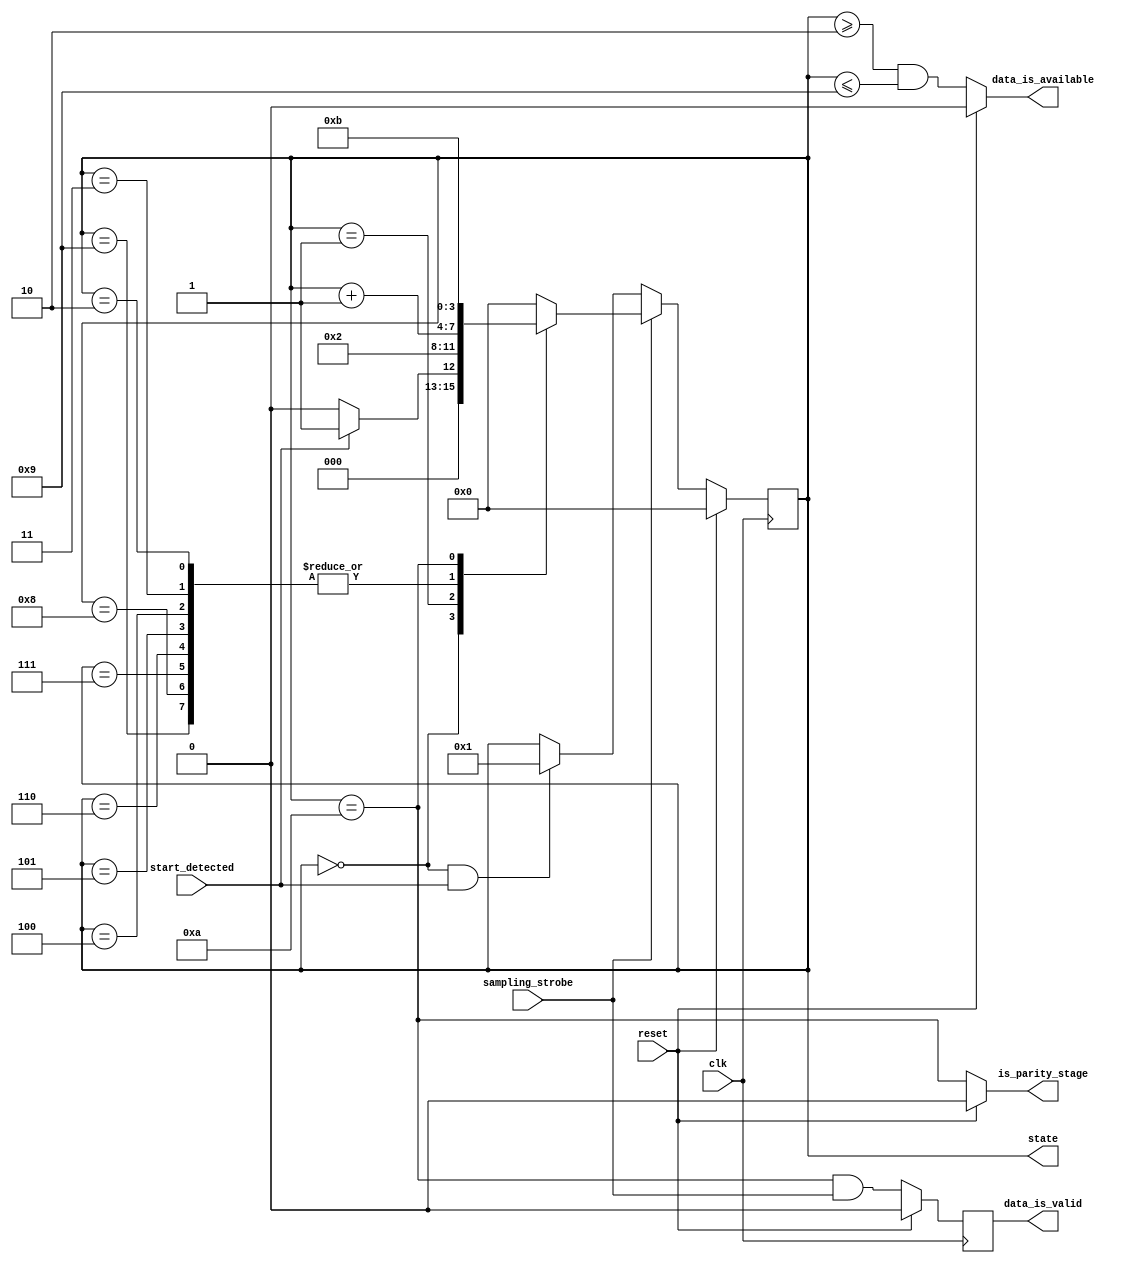
module rx_state(clk, reset, start_detected, sampling_strobe, data_is_available, data_is_valid, is_parity_stage, state);  // FSM for UART Rx

parameter INPUT_DATA_WIDTH = 8;
parameter PARITY_ENABLED = 1;
localparam NUMBER_OF_BITS = INPUT_DATA_WIDTH + PARITY_ENABLED + 2;   // 1 start bit, 8 data bits, 1 parity bit, 1 stop bit

input clk, reset, start_detected, sampling_strobe;
output data_is_available;   // in data states
output is_parity_stage;
output reg data_is_valid;	// finished all data states
output reg [($clog2(NUMBER_OF_BITS)-1) : 0] state;


localparam Rx_IDLE       = 4'b0000;
localparam Rx_START_BIT  = 4'b0001;
localparam Rx_DATA_BIT_0 = 4'b0010;
localparam Rx_DATA_BIT_1 = 4'b0011;
localparam Rx_DATA_BIT_2 = 4'b0100;
localparam Rx_DATA_BIT_3 = 4'b0101;
localparam Rx_DATA_BIT_4 = 4'b0110;
localparam Rx_DATA_BIT_5 = 4'b0111;
localparam Rx_DATA_BIT_6 = 4'b1000;
localparam Rx_DATA_BIT_7 = 4'b1001;
localparam Rx_PARITY_BIT = 4'b1010;
localparam Rx_STOP_BIT   = 4'b1011;

initial begin
    data_is_valid = 0;
    state = 0;
end

assign is_parity_stage = (reset) ? 0 : (state == Rx_PARITY_BIT);  // parity state
assign data_is_available = (reset) ? 0 : ((state >= Rx_DATA_BIT_0) && (state <= Rx_DATA_BIT_7)); // (about to enter first data state) OR (data states)

always @(posedge clk)
begin
	if(reset) begin
		data_is_valid <= 0;
	end
	
	else begin
    	data_is_valid <= (state == Rx_PARITY_BIT) && sampling_strobe;  // data_is_valid should only ever be one clock pulse long, because the UART needs to be a component of a larger system.  That system will be running at the system clock rate.  If the "output is valid" line is high more than once per byte, it will read that many copies of the same byte have been read. 
    	
    end
end

always @(posedge clk)
begin
    if (reset)
        state <= Rx_IDLE;
    
    else begin
        if (sampling_strobe) begin
            case(state)

				Rx_IDLE			: state <= (start_detected) ? Rx_START_BIT : Rx_IDLE;

	            Rx_START_BIT	: state <= Rx_DATA_BIT_0;

	            Rx_DATA_BIT_0,
	            Rx_DATA_BIT_1,
	            Rx_DATA_BIT_2,	
	            Rx_DATA_BIT_3,
	            Rx_DATA_BIT_4,
	            Rx_DATA_BIT_5,
	            Rx_DATA_BIT_6,
	            Rx_DATA_BIT_7	: state <= state + 1'b1;

	            Rx_PARITY_BIT 	: state <= Rx_STOP_BIT;

	            Rx_STOP_BIT 	: state <= Rx_IDLE;

	            default      	: state <= Rx_IDLE;
            endcase
        end
        
        else begin   // start bit falling edge is detected every clock cycle for better Rx synchronization accuracy
        
            if((state == Rx_IDLE) && (start_detected))
	    	    state <= Rx_START_BIT;
        end
    end
end

`ifdef FORMAL
    reg first_clock_passed = 0;
    
    always @(posedge clk) 
    begin
    	first_clock_passed <= 1;
   
   		if(first_clock_passed && $past(reset)) assert(state == Rx_IDLE);
    
        if(first_clock_passed) assert(state <= Rx_STOP_BIT);
    
    	if((state >= Rx_DATA_BIT_0) && (state <= Rx_DATA_BIT_7) && (!reset)) begin // for induction
    		assert(data_is_available);
    	end
    	
    	else assert(!data_is_available);
    	
        //if (state == Rx_STOP_BIT)
            //assume(reset == 0);  // this is to assume for induction test because Tx internal registers are not reset/initialized properly at time = 0, such that data_is_valid signal will not be asserted in the next clock cycle after the "FIRST" stop bit state
    end
    
	always @(posedge clk)
	begin
		if(first_clock_passed) begin
			if($past(reset)) begin
				assert(data_is_valid == 0);
				assert(state == Rx_IDLE);
			end
			
			else begin
				assert(data_is_valid == (($past(state) == Rx_PARITY_BIT) && $past(sampling_strobe)));  
			end
		end
	end

`endif

endmodule